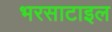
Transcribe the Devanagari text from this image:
भरसाटाइल